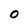
Character: O